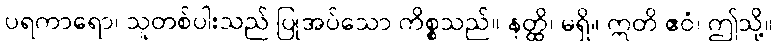
ပရကာရော၊ သူတစ်ပါးသည် ပြုအပ်သော ကိစ္စသည်။ နတ္ထိ၊ မရှိ။ ဣတိ ဧဝံ၊ ဤသို့။